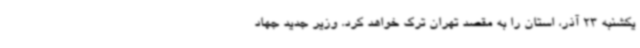
یکشنبه 23 آذر، استان را به مقصد تهران ترک خواهد کرد. وزیر جدید جهاد